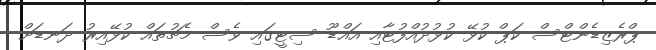
ޕްރެޒިޑެންޓްސް ކަޕް ކުޅޭ ކުޅުދުއްފުޓާއި އައްޑޫ ސިޓީގައި ވެސް މެޗުތައް ކުޅޭއިރު ދަނޑަށް